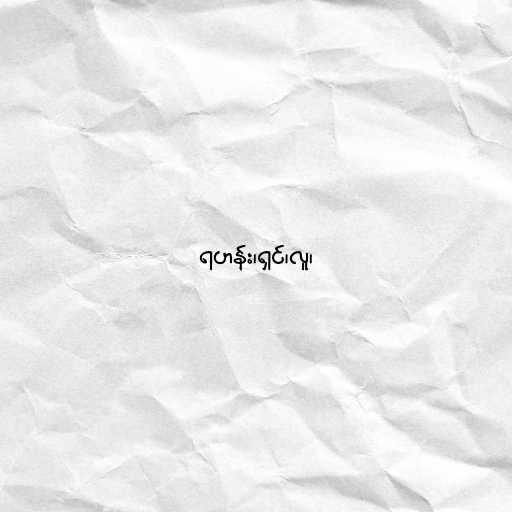
ရဟန်း၊ရှင်၊လူ၊